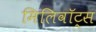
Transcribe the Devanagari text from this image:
मिलिवॉट्स